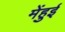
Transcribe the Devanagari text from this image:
मेंहुई